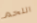
اللحم